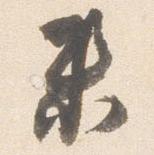
未